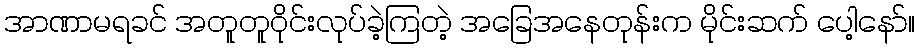
အာဏာမရခင် အတူတူဝိုင်းလုပ်ခဲ့ကြတဲ့ အခြေအနေတုန်းက မိုင်းဆက် ပေါ့နော်။